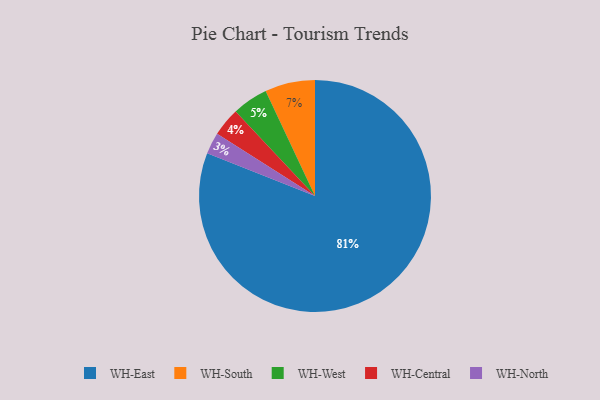
{"axis": {"x": "Category", "y": "Percentage"}, "legend": ["WH-Central", "WH-East", "WH-North", "WH-South", "WH-West"], "data": [{"x": "WH-Central", "y": 4, "type": "WH-Central"}, {"x": "WH-North", "y": 3, "type": "WH-North"}, {"x": "WH-South", "y": 7, "type": "WH-South"}, {"x": "WH-East", "y": 81, "type": "WH-East"}, {"x": "WH-West", "y": 5, "type": "WH-West"}]}